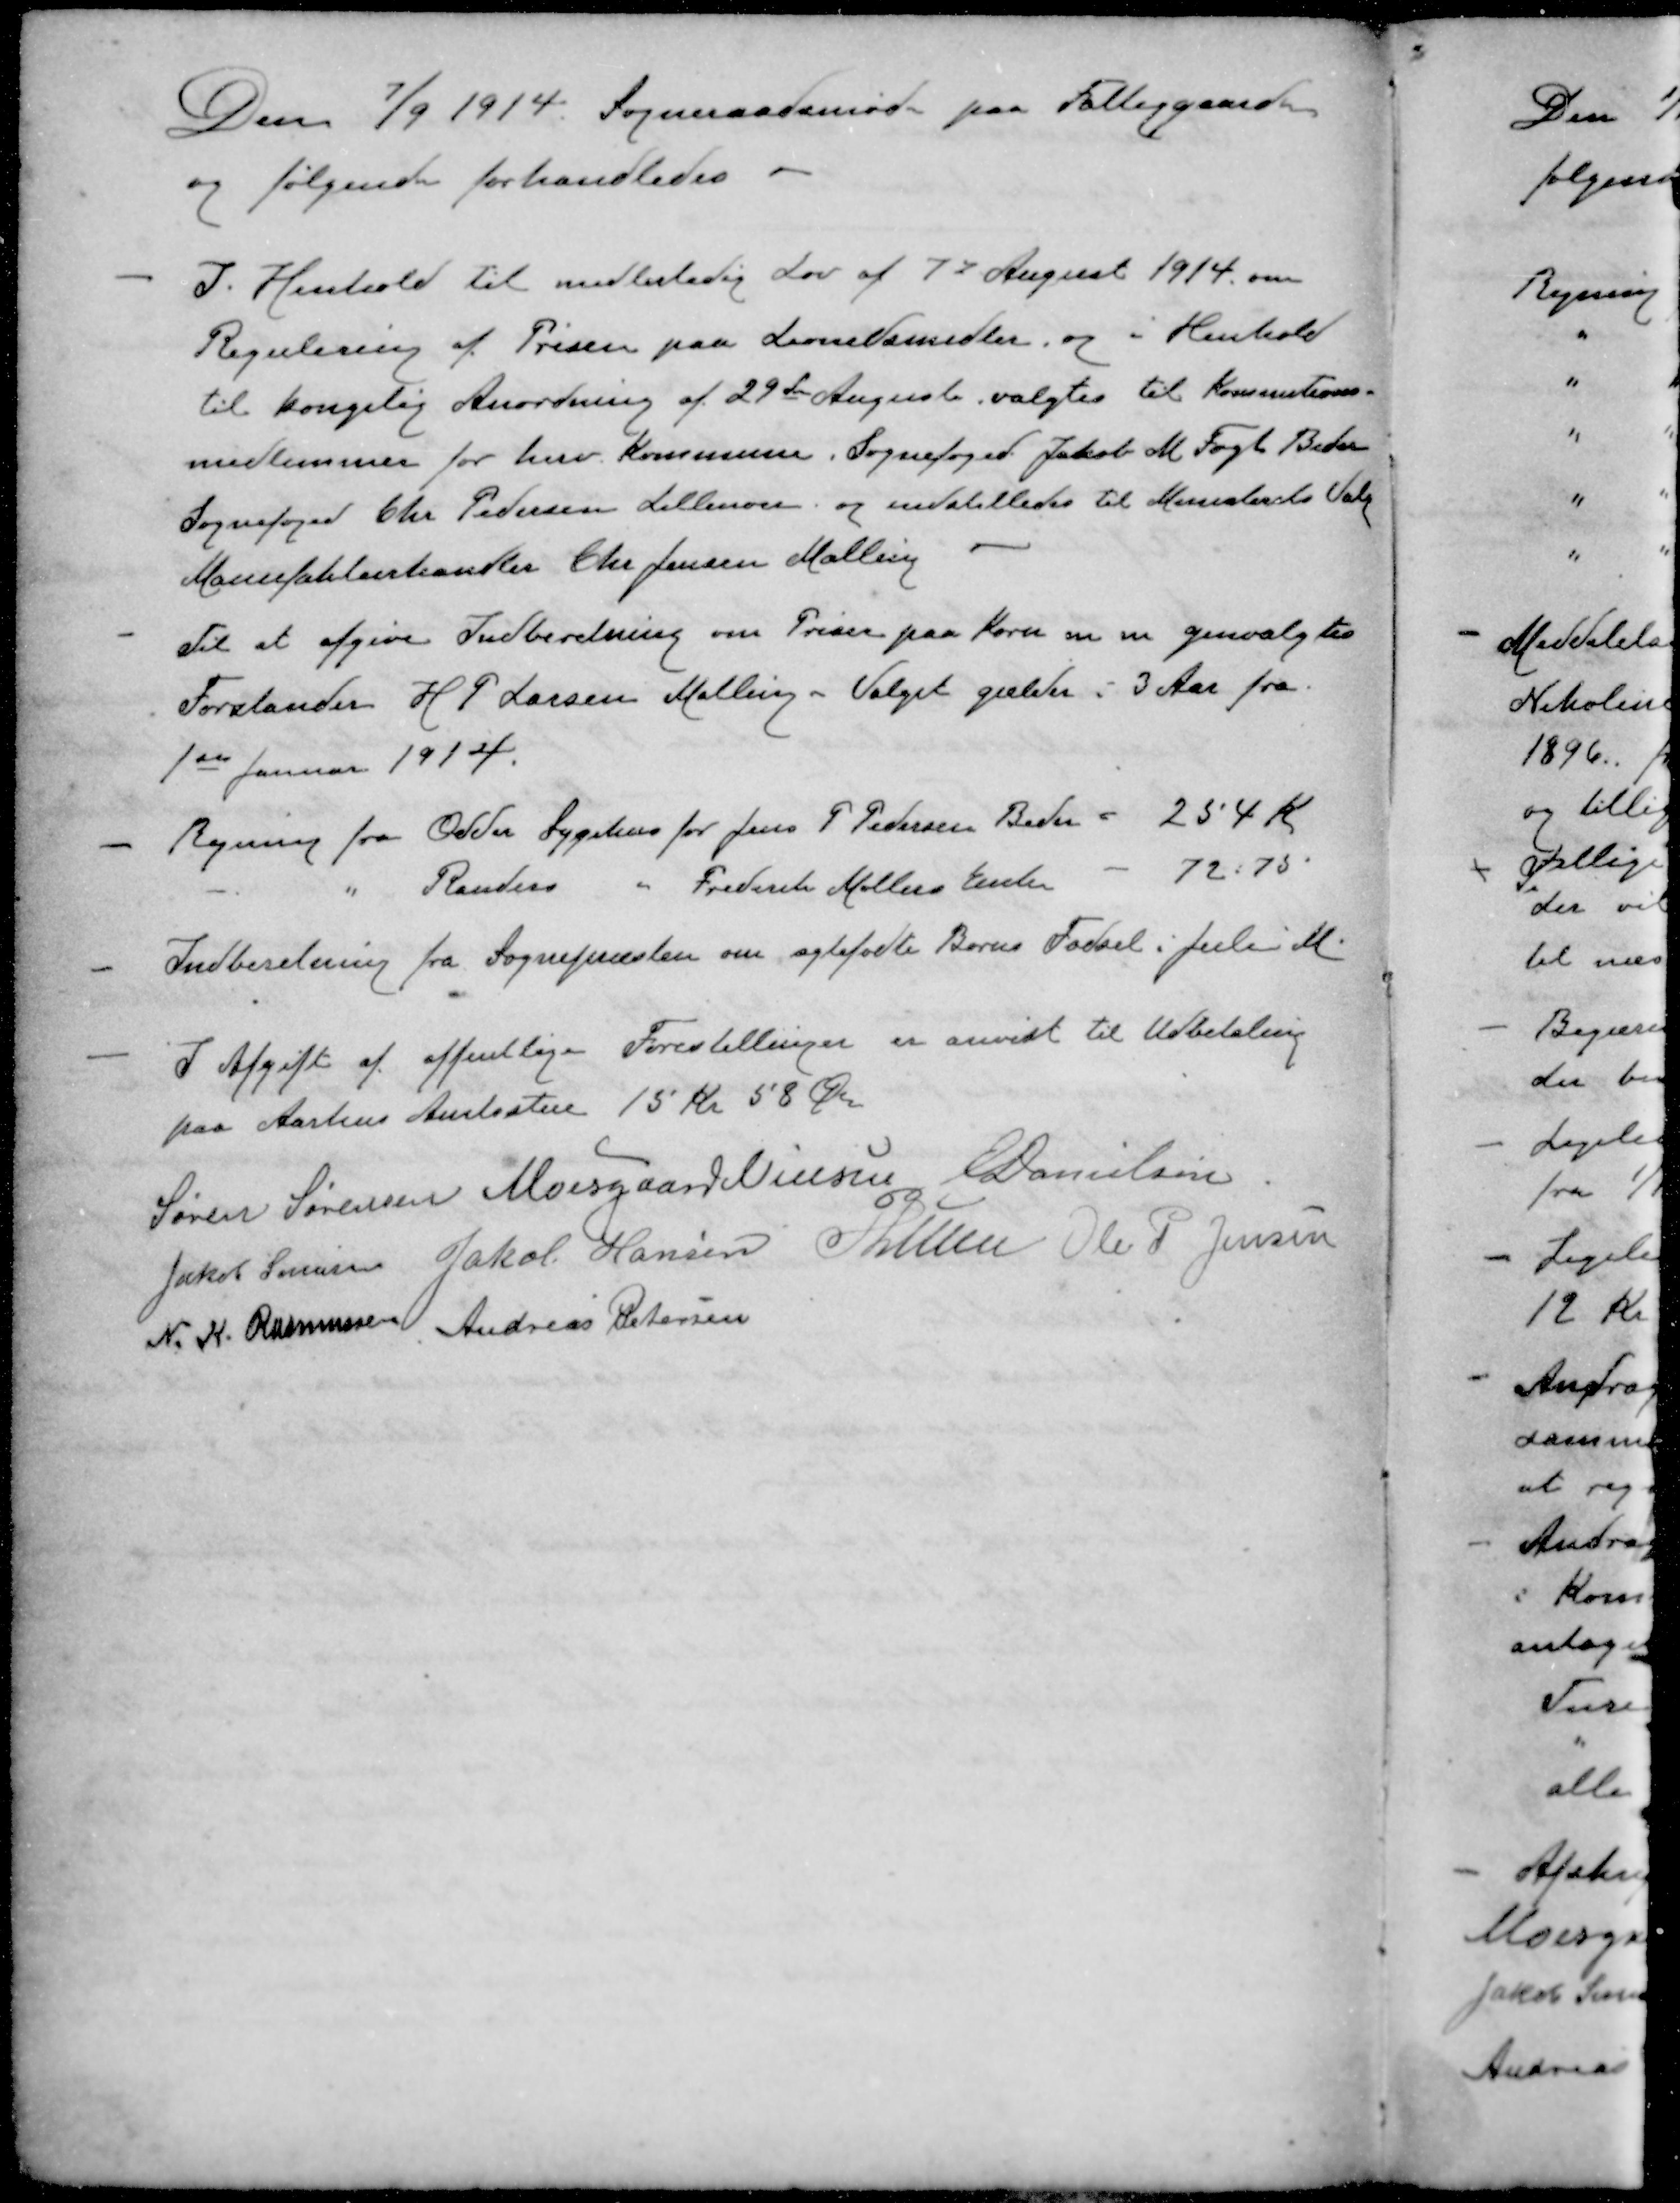
Transskription:
Den 7/9 1914. Sogneraadsmøde paa Fattiggaarden
og følgende forhandledes
- I Henhold til midlertidig Lov af 7de August 1914 om
Regulering af Prisen paa Levnedsmidler, og i Henhold
til kongelig Anordning af 29de August valgtes til Kommitions-
medlemmer for herv. Kommune. Sognefoged Jakob M Fogh Beder
Sognefoged Chr. Pedersen Lillenor, og indstilledes til Ministeriets Valg
Manufakturhandler Chr. Jensen Malling
- Til at afgive Indberetning om Priser paa Korn m m genvalgtes
Forstander H P Larsen Malling - Valget gælder i 3 Aar fra
1ste Januar 1914.
- Regning fra Odder Sygehus for Jens P Pedersen Beder = 254 Kr
" " Randers " Frederik Møllers Enke - 72.75
- Indberetning fra Sognepræsten om agtefødte Børns Fødsel i Juli M.
- I Afgift af offentlige Forestillinger er anvist til Udbetaling
paa Aarhus Amtsstue 15 Kr 58 Øre
Søren Sørensen
Moesgaard Nielsen
E Danielsen
Jakob Sørensen
Jakob Hansen
P Lunn
Ole P Jensen
N. K. Rasmussen
Andreas Petersen